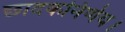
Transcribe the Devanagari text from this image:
छादकनिर्णय।